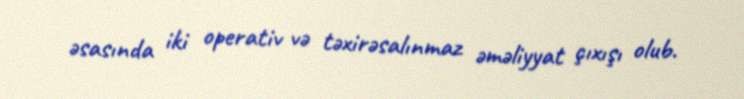
əsasında iki operativ və təxirəsalınmaz əməliyyat çıxışı olub.